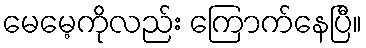
မေမေ့ကိုလည်း ကြောက်နေပြီ။